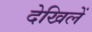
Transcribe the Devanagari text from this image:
देखिलें